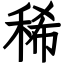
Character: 稀